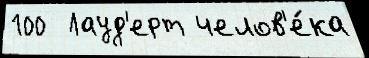
100  Лауд'ерт челов'е́ка